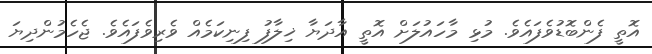
އޮތީ ފެންބޮޑުވެފައެވެ. މުޅި މާހައުލަށް އޮތީ އާދަޔާ ޚިލާފު ފިނިކަމެއް ވެރިވެފައެވެ. ޖެހެމުންދިޔަ